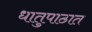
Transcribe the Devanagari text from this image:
धातुपाठात